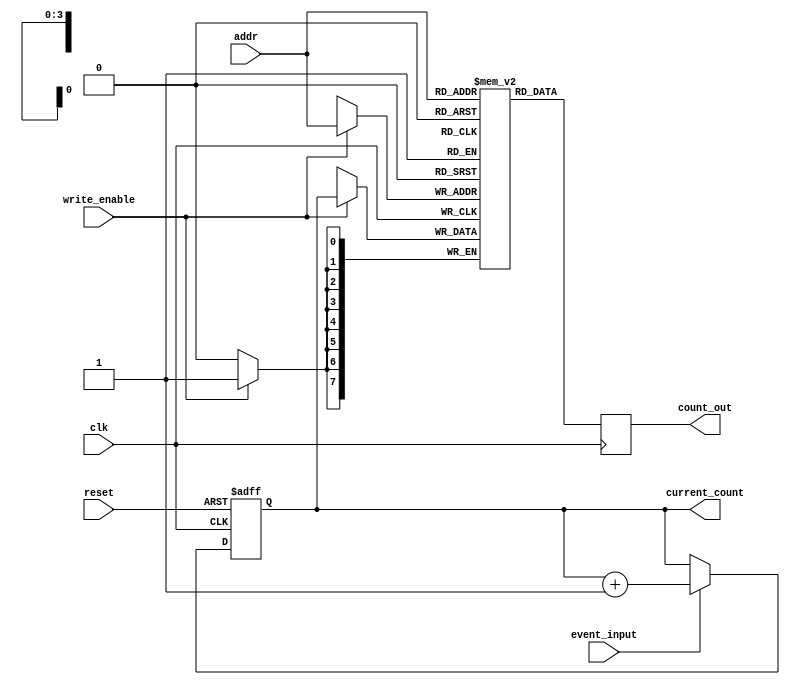
module MemoryBlockEventCounter #(
    parameter N = 8,                // Bit-width of the counter
    parameter MEM_SIZE = 16,        // Number of memory blocks
    parameter ADDR_WIDTH = 4         // Address width for memory (log2(MEM_SIZE))
) (
    input wire clk,                 // Clock signal
    input wire reset,               // Asynchronous reset signal
    input wire event_input,         // Input event signal
    input wire write_enable,        // Write enable signal
    input wire [ADDR_WIDTH-1:0] addr, // Address to write to/read from
    output reg [N-1:0] count_out,   // Output count from memory
    output reg [N-1:0] current_count // Current count value
);

    // Memory block for storing counts
    reg [N-1:0] memory [0:MEM_SIZE-1];
    
    // Synchronous counter
    always @(posedge clk or posedge reset) begin
        if (reset) begin
            current_count <= 0; // Reset the current count
        end else if (event_input) begin
            current_count <= current_count + 1; // Increment counter on event
        end
    end

    // Write to memory block
    always @(posedge clk) begin
        if (write_enable) begin
            memory[addr] <= current_count; // Store current count in memory
        end
    end

    // Read from memory block
    always @(posedge clk) begin
        count_out <= memory[addr]; // Output the count from the selected memory block
    end

endmodule